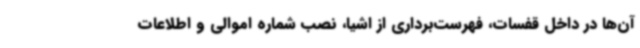
آن‌ها در داخل قفسات، فهرست‌برداری از اشیا، نصب شماره اموالی و اطلاعات